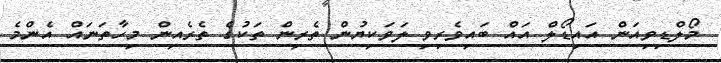
މޯލްޑިވިއަން އައިޑޯލް އައް ބައިވެރިވި ލަވަކިޔުން ތެރިން ތަކުގެ ތެރެއިން މިހާތަނައް އެންމެ